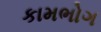
કામભોગ